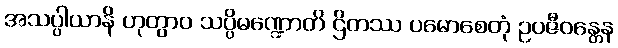
အသပ္ပါယာနိ ဟုတွာဝ သပ္ပိမဏ္ဍောတိ ဌိတဿ ပမောစေတုံ ဥပဇီဝန္တေန